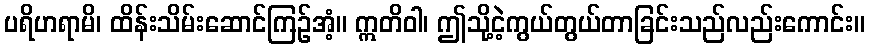
ပရိဟရာမိ၊ ထိန်းသိမ်းဆောင်ကြဉ်အံ့။ ဣတိဝါ၊ ဤသို့ငဲ့ကွယ်တွယ်တာခြင်းသည်လည်းကောင်း။